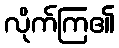
လိုက်ကြ၏